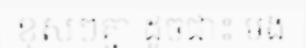
ខុសៗគ្នា ដូចជា៖ មង